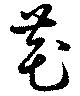
芲